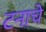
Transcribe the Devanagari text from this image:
टनाचे